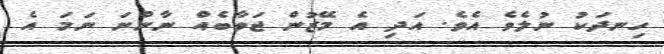
ހިނދަކު ނުލެވެ އެވެ. އަދި އެ މޭޒުން ޖަވާބެއް ނާންނަ ނަމަ އެ